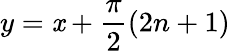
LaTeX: y=\mathit{x}+\frac{{\pi}}{{2}}(2n+1)